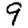
Digit: 9